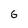
Character: 6